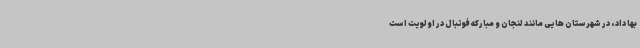
بها داد، در شهرستان ‌هایی مانند لنجان و مبارکه فوتبال در اولویت است